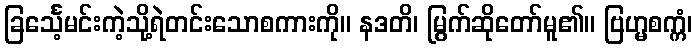
ခြင်္သေ့မင်းကဲ့သို့ရဲတင်းသောစကားကို။ နဒတိ၊ မြွက်ဆိုတော်မူ၏။ ဗြဟ္မစက္ကံ၊